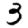
Digit: 3